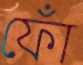
ফোঁ